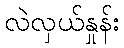
လဲလှယ်နှုန်း